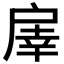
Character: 𢩓